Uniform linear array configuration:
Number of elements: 24
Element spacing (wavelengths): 0.75
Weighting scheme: cosine
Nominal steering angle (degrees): -15
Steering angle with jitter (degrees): -16.284
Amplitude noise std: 0.05
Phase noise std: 0.05

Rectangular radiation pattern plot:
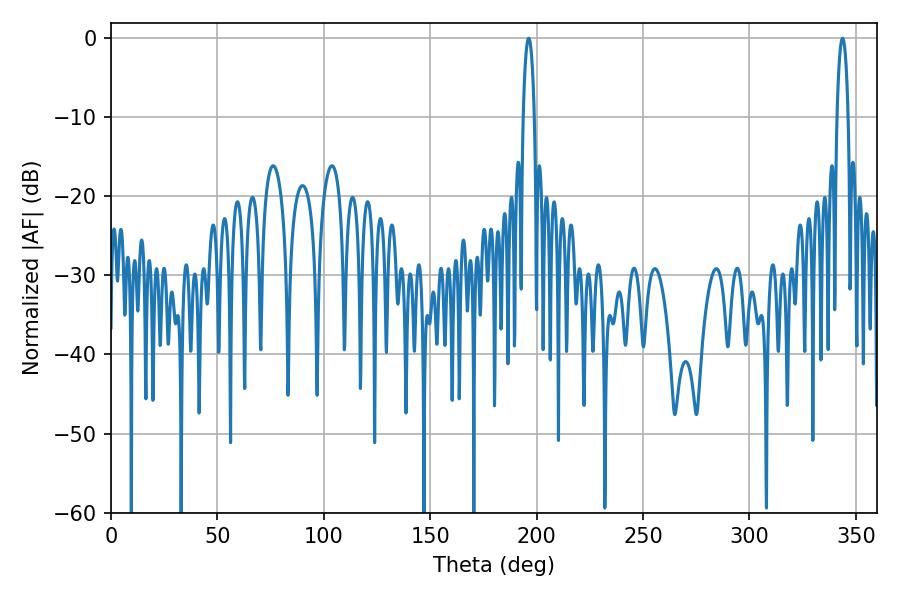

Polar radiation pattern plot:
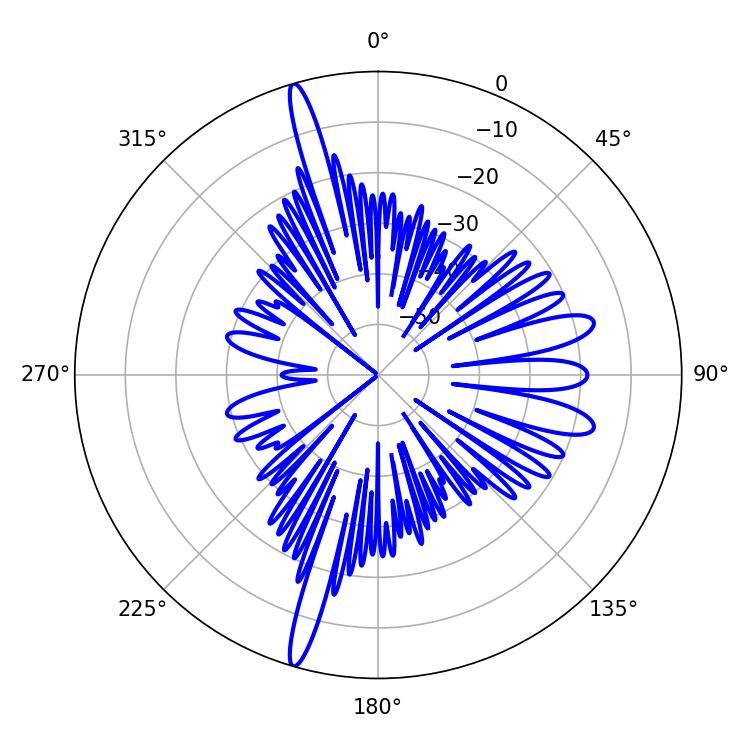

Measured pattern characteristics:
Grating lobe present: TRUE
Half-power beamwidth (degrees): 2.88
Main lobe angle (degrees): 196.2